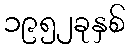
၁၉၅၂ခုနှစ်